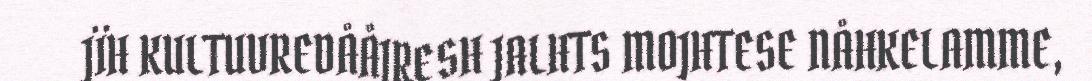
JÏH KULTUVREDÅÅJRESH JALHTS MOJHTESE NÅHKELAMME,